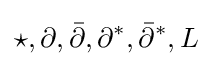
\star ,\partial ,{\bar {\partial }},\partial ^{*},{\bar {\partial }}^{*},L